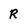
Character: R